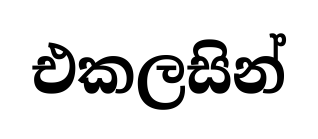
එකලසින්